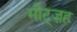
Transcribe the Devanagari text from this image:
मीट्ज़ह